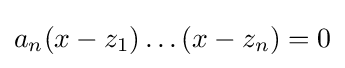
a_{n}(x-z_{1})\dots (x-z_{n})=0